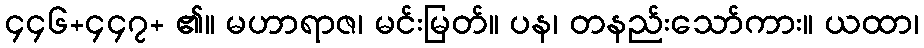
၄၄၆+၄၄၇+ ၏။ မဟာရာဇ၊ မင်းမြတ်။ ပန၊ တနည်းသော်ကား။ ယထာ၊